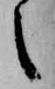
之